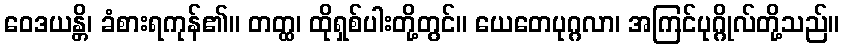
ဝေဒယန္တိ၊ ခံစားရကုန်၏။ တတ္ထ၊ ထိုရှစ်ပါးတို့တွင်။ ယေတေပုဂ္ဂလာ၊ အကြင်ပုဂ္ဂိုလ်တို့သည်။